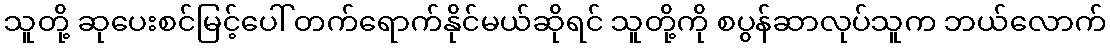
သူတို့ ဆုပေးစင်မြင့်ပေါ် တက်ရောက်နိုင်မယ်ဆိုရင် သူတို့ကို စပွန်ဆာလုပ်သူက ဘယ်လောက်